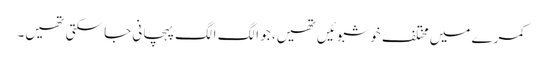
کمرے میں مختلف خوشبوئیں تھیں، جو الگ الگ پہچانی جا سکتی تھیں۔